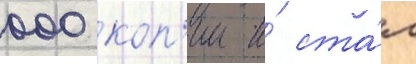
000 коп'ии и́ ста́л